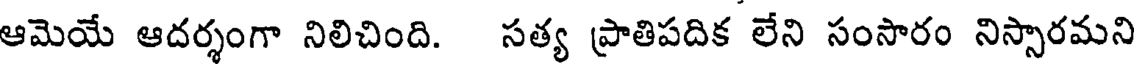
ఆమెయే ఆదర్శంగా నిలిచింది. సత్య ప్రాతిపదిక లేని సంసారం నిస్సారమని